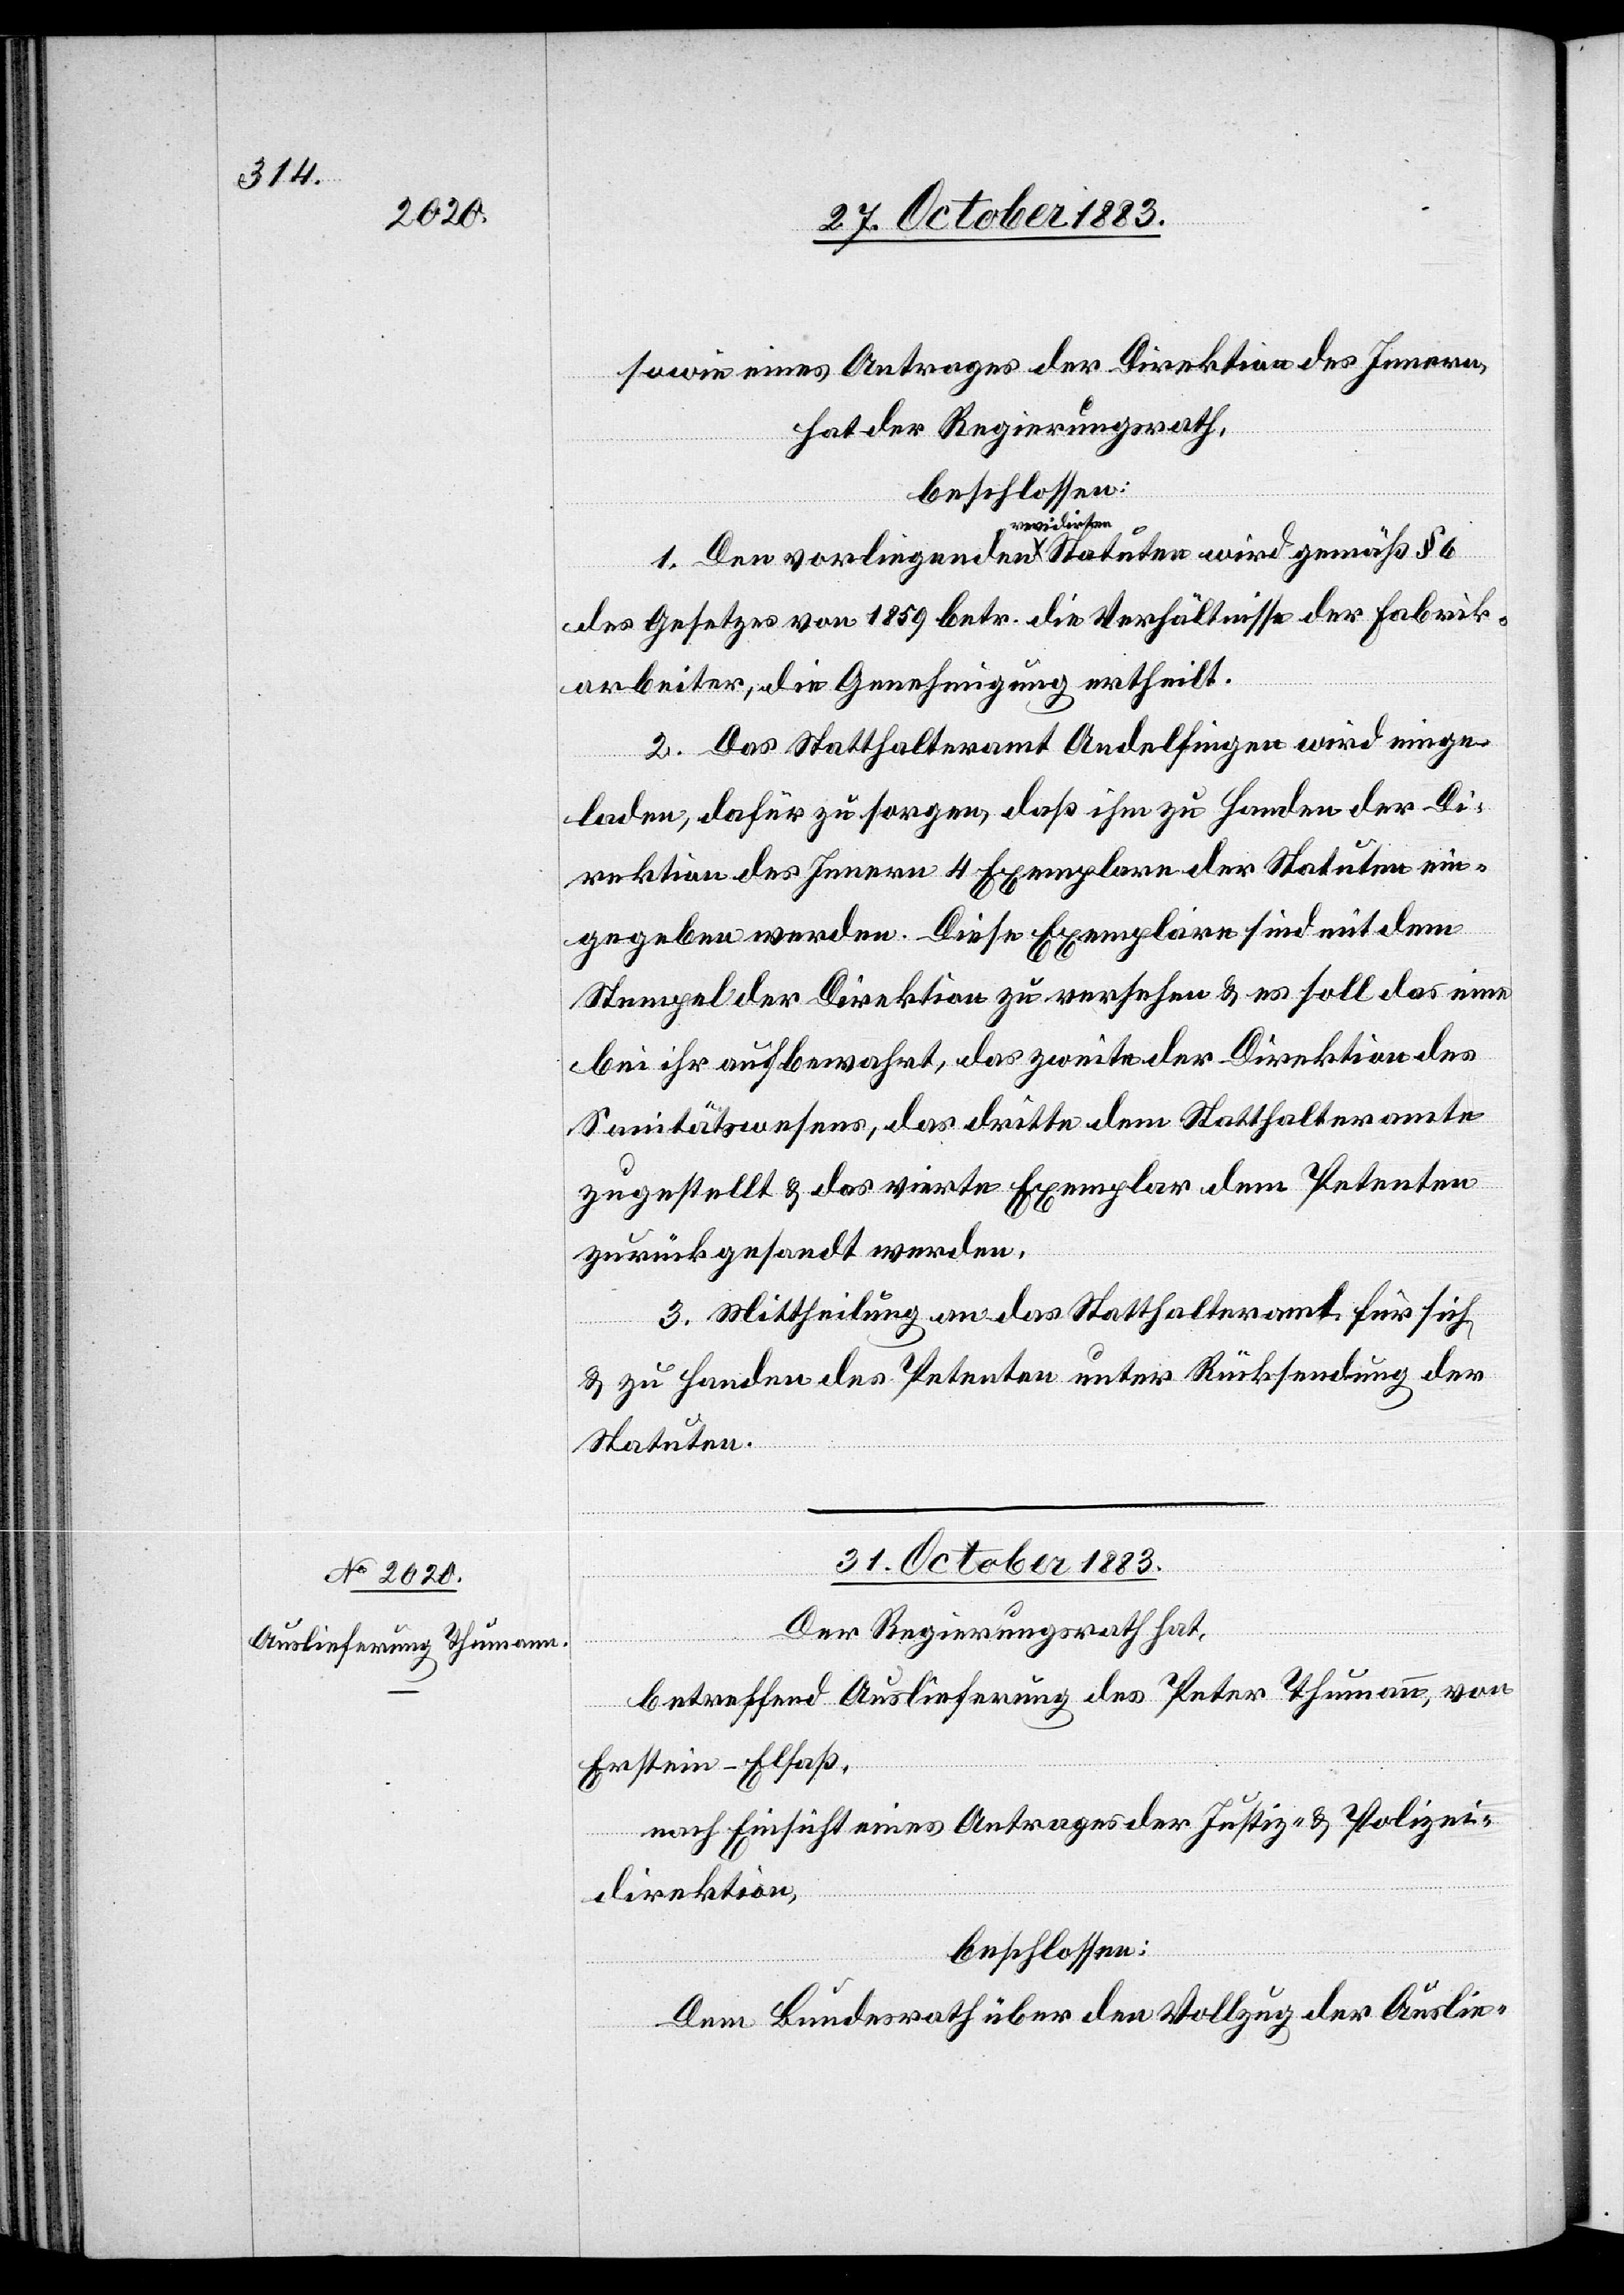
sowie eines Antrages der Direktion des Innern,
hat der Regierungsrath,
beschlossen:
1. Den vorliegenden revidirten Stauten wird gemäß § 6
des Gesetzes von 1859 betr. die Verhältnisse der Fabrik¬
arbeiter, die Genehmigung ertheilt.
2. Das Statthalteramt Andelfingen wird einge¬
laden, dafür zu sorgen, daß ihm zu Handen der Di¬
rektion des Innern 4 Exemplare der Statuten ein¬
gegeben werden. Diese Exemplare sind mit dem
Stempel der Direktion zu versehen & es soll das eine
bei ihr aufbewahrt, das zweite der Direktion des
Sanitätswesens, das dritte dem Statthalteramte
zugestellt & das vierte Exemplar dem Petenten
zurückgesandt werden.
3. Mittheilung an das Statthalteramt für sich
& zu Handen des Petenten unter Rücksendung der
Statuten.
31. October 1883.
Der Regierungsrath,
betreffend Auslieferung des Peter Thumann, von
Erstein - Elsaß,
nach Einsicht eines Antrages der Justiz- & Polizei¬
direktion,
beschlossen:
Dem Bundesrath über den Vollzug der Auslie-